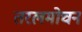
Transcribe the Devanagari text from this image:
तरलमोचन